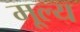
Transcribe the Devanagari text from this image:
मू्ल्य